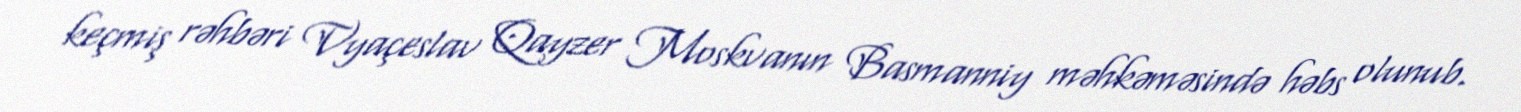
keçmiş rəhbəri Vyaçeslav Qayzer Moskvanın Basmanniy məhkəməsində həbs olunub.